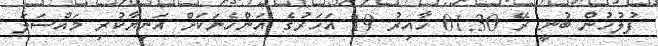
ފުލުހުން ބުނީ ރޭ 01:30 ހާއިރު 19 އަހަރުގެ އަންހެނަކަށް އަނިޔާކުރި މައްސަލަ